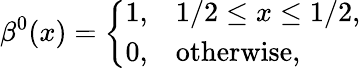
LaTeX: \beta^{0}(x)=\left\{ \begin{array}{ll}{1,}&{1/2\leq x\leq 1/2,}\\ {0,}&{\mathrm{otherwise},}\end{array}\right.